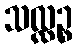
သလ္လဉ္စ